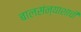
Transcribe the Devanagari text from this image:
बालसंन्याशाची